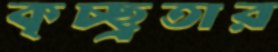
কৃচ্ছ্রতার